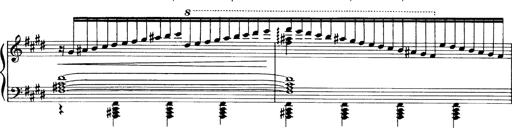
Title: OuvertÃ¼re zu TannhÃ¤user
Composer: Franz Liszt